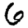
Digit: 6